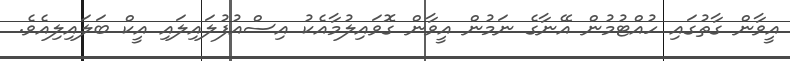
އީވާން ގާތުގައި ހުއްޓުމުން އޭނާގެ ނަމުން އީވާން ގޮވައިލުމާއެކު އިސްއުފުލައިލައި އީކް ބަލައިލިއެވެ.